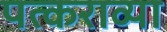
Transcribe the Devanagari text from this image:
पत्कराव्या